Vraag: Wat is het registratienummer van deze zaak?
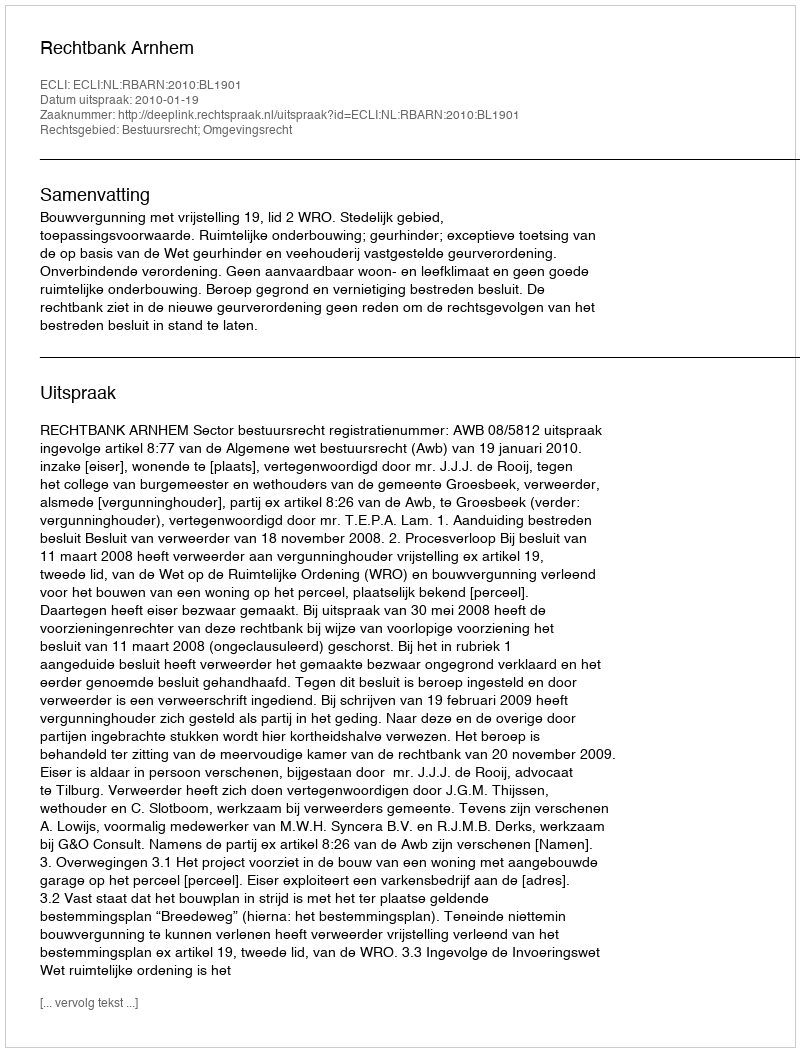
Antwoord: http://deeplink.rechtspraak.nl/uitspraak?id=ECLI:NL:RBARN:2010:BL1901